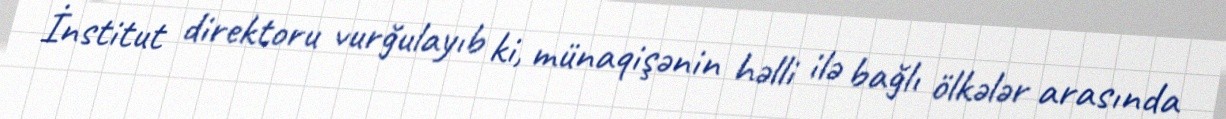
İnstitut direktoru vurğulayıb ki, münaqişənin həlli ilə bağlı ölkələr arasında